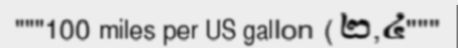
"""100 miles per US gallon (២,៤"""